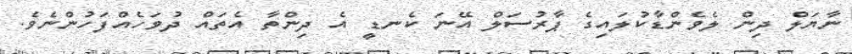
ނާޔަލް ދިން ލެވެންޑާކުލައިގެ ޕާރުސަލް އޭނަ ކެނޑީ އެ ދިންތާ އެތައް ދުވަހެއްފަހުންނެވެ.